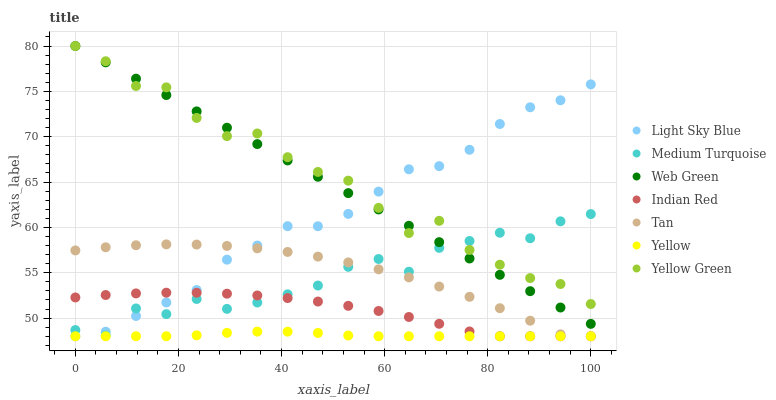
| xaxis_label | Light Sky Blue | Medium Turquoise | Web Green | Indian Red | Tan | Yellow | Yellow Green |
 | --- | --- | --- | --- | --- | --- | --- | --- |
 | 0 | 48 | 48.7 | 80 | 52.3 | 57.5 | 48 | 80 |
 | 5.88 | 48.5 | 48.1 | 78.2 | 52.5 | 57.8 | 48 | 78.3 |
 | 11.8 | 50.2 | 51.1 | 76.4 | 52.7 | 58 | 48 | 75.6 |
 | 17.6 | 51.7 | 50.4 | 74.6 | 52.8 | 58.1 | 48 | 75.4 |
 | 23.5 | 53.1 | 52.1 | 72.8 | 52.8 | 58.1 | 48.1 | 72.1 |
 | 29.4 | 56.4 | 51 | 71 | 52.7 | 58 | 48.4 | 70.1 |
 | 35.3 | 58 | 51.7 | 69.2 | 52.5 | 57.7 | 48.5 | 70.4 |
 | 41.2 | 60.1 | 52.6 | 67.4 | 52.2 | 57.3 | 48.5 | 67.7 |
 | 47.1 | 60.1 | 53.6 | 65.6 | 51.8 | 56.8 | 48.4 | 66.1 |
 | 52.9 | 61.5 | 55.7 | 63.8 | 51.4 | 56.1 | 48.1 | 65.2 |
 | 58.8 | 63.9 | 56.5 | 62 | 50.8 | 55.4 | 48 | 62.2 |
 | 64.7 | 66.4 | 55.1 | 60.2 | 50.1 | 54.5 | 48 | 59.4 |
 | 70.6 | 66.8 | 57.7 | 58.4 | 49.4 | 53.5 | 48 | 60.7 |
 | 76.5 | 68.6 | 58.5 | 56.6 | 48.5 | 52.3 | 48 | 57.5 |
 | 82.4 | 71.4 | 59.4 | 54.8 | 48 | 51.1 | 48 | 55.9 |
 | 88.2 | 73.2 | 58.8 | 53 | 48 | 49.7 | 48 | 54.4 |
 | 94.1 | 74 | 60.7 | 51.2 | 48 | 48.2 | 48 | 53.8 |
 | 100 | 75.8 | 61.5 | 49.4 | 48 | 48 | 48 | 51.6 |